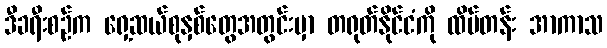
ဒီခရီးစဉ်က ရှေ့ဆယ်စုနှစ်တွေအတွင်းမှာ တရုတ်နိုင်ငံကို ထိပ်တန်း အာကာသ